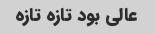
عالی بود تازه تازه